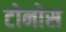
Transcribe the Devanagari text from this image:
टोनोस